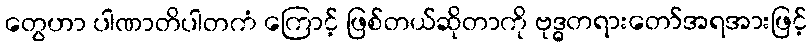
တွေဟာ ပါဏာတိပါတကံ ကြောင့် ဖြစ်တယ်ဆိုတာကို ဗုဒ္ဓတရားတော်အရအားဖြင့်